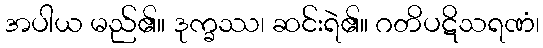
အပါယ မည်၏။ ဒုက္ခဿ၊ ဆင်းရဲ၏။ ဂတိပဋိသရဏံ၊